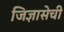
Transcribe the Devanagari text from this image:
जिज्ञासेची